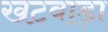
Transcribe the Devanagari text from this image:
खटवाड़ा